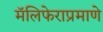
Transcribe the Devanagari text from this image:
मॅलिफेराप्रमाणे